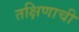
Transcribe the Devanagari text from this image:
तक्षिणाची